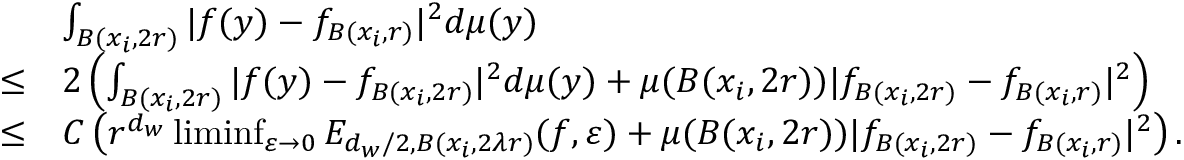
\begin{array} { r l } & { \int _ { B ( x _ { i } , 2 r ) } | f ( y ) - f _ { B ( x _ { i } , r ) } | ^ { 2 } d \mu ( y ) } \\ { \le } & { 2 \left( \int _ { B ( x _ { i } , 2 r ) } | f ( y ) - f _ { B ( x _ { i } , 2 r ) } | ^ { 2 } d \mu ( y ) + \mu ( B ( x _ { i } , 2 r ) ) | f _ { B ( x _ { i } , 2 r ) } - f _ { B ( x _ { i } , r ) } | ^ { 2 } \right) } \\ { \le } & { C \left( r ^ { d _ { w } } \operatorname* { l i m i n f } _ { \varepsilon \to 0 } E _ { d _ { w } / 2 , B ( x _ { i } , 2 \lambda r ) } ( f , \varepsilon ) + \mu ( B ( x _ { i } , 2 r ) ) | f _ { B ( x _ { i } , 2 r ) } - f _ { B ( x _ { i } , r ) } | ^ { 2 } \right) . } \end{array}